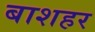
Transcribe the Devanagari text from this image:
बाशहर